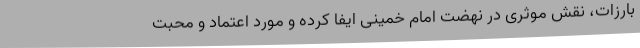
بارزات، نقش موثری در نهضت امام خمینی ایفا کرده و مورد اعتماد و محبت